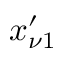
x _ { \nu 1 } ^ { \prime }